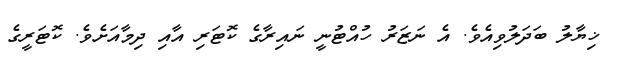
ޚިޔާލު ބަދަލުވިއެވެ. އެ ނަޒަރު ހުއްޓުނީ ނައިރާގެ ކޮޓަރި އާއި ދިމާއަށެވެ. ކޮޓަރީގެ